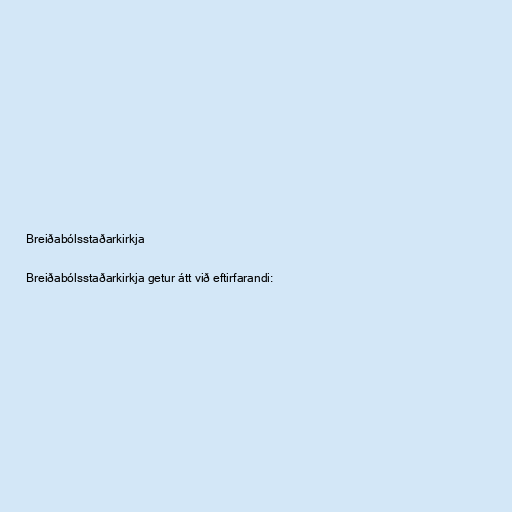
Breiðabólsstaðarkirkja

Breiðabólsstaðarkirkja getur átt við eftirfarandi: